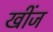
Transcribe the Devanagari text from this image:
खींज